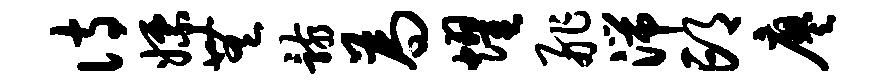
诗嫖无骸为耀舴湍邙廖